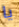
يا